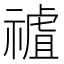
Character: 𥛜